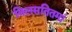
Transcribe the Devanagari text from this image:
विलसतितमां